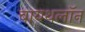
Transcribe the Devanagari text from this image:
बायथलॉन